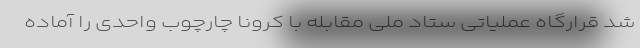
شد قرارگاه عملیاتی ستاد ملی مقابله با کرونا چارچوب واحدی را آماده